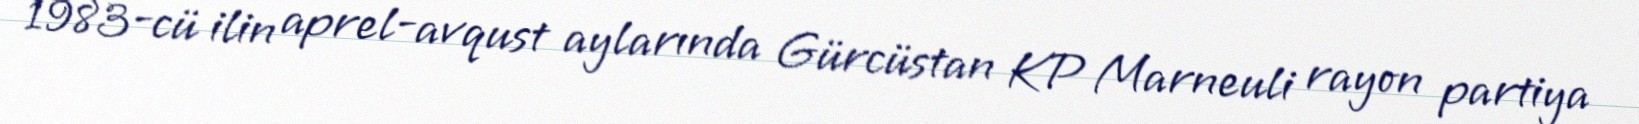
1983-cü ilin aprel-avqust aylarında Gürcüstan KP Marneuli rayon partiya